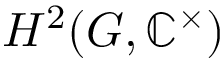
H ^ { 2 } ( G , \mathbb { C } ^ { \times } )